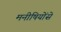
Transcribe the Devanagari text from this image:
मनीषियोंसे